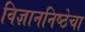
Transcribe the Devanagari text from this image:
विज्ञाननिष्ठेचा